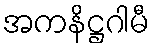
အကနိဋ္ဌဂါမီ